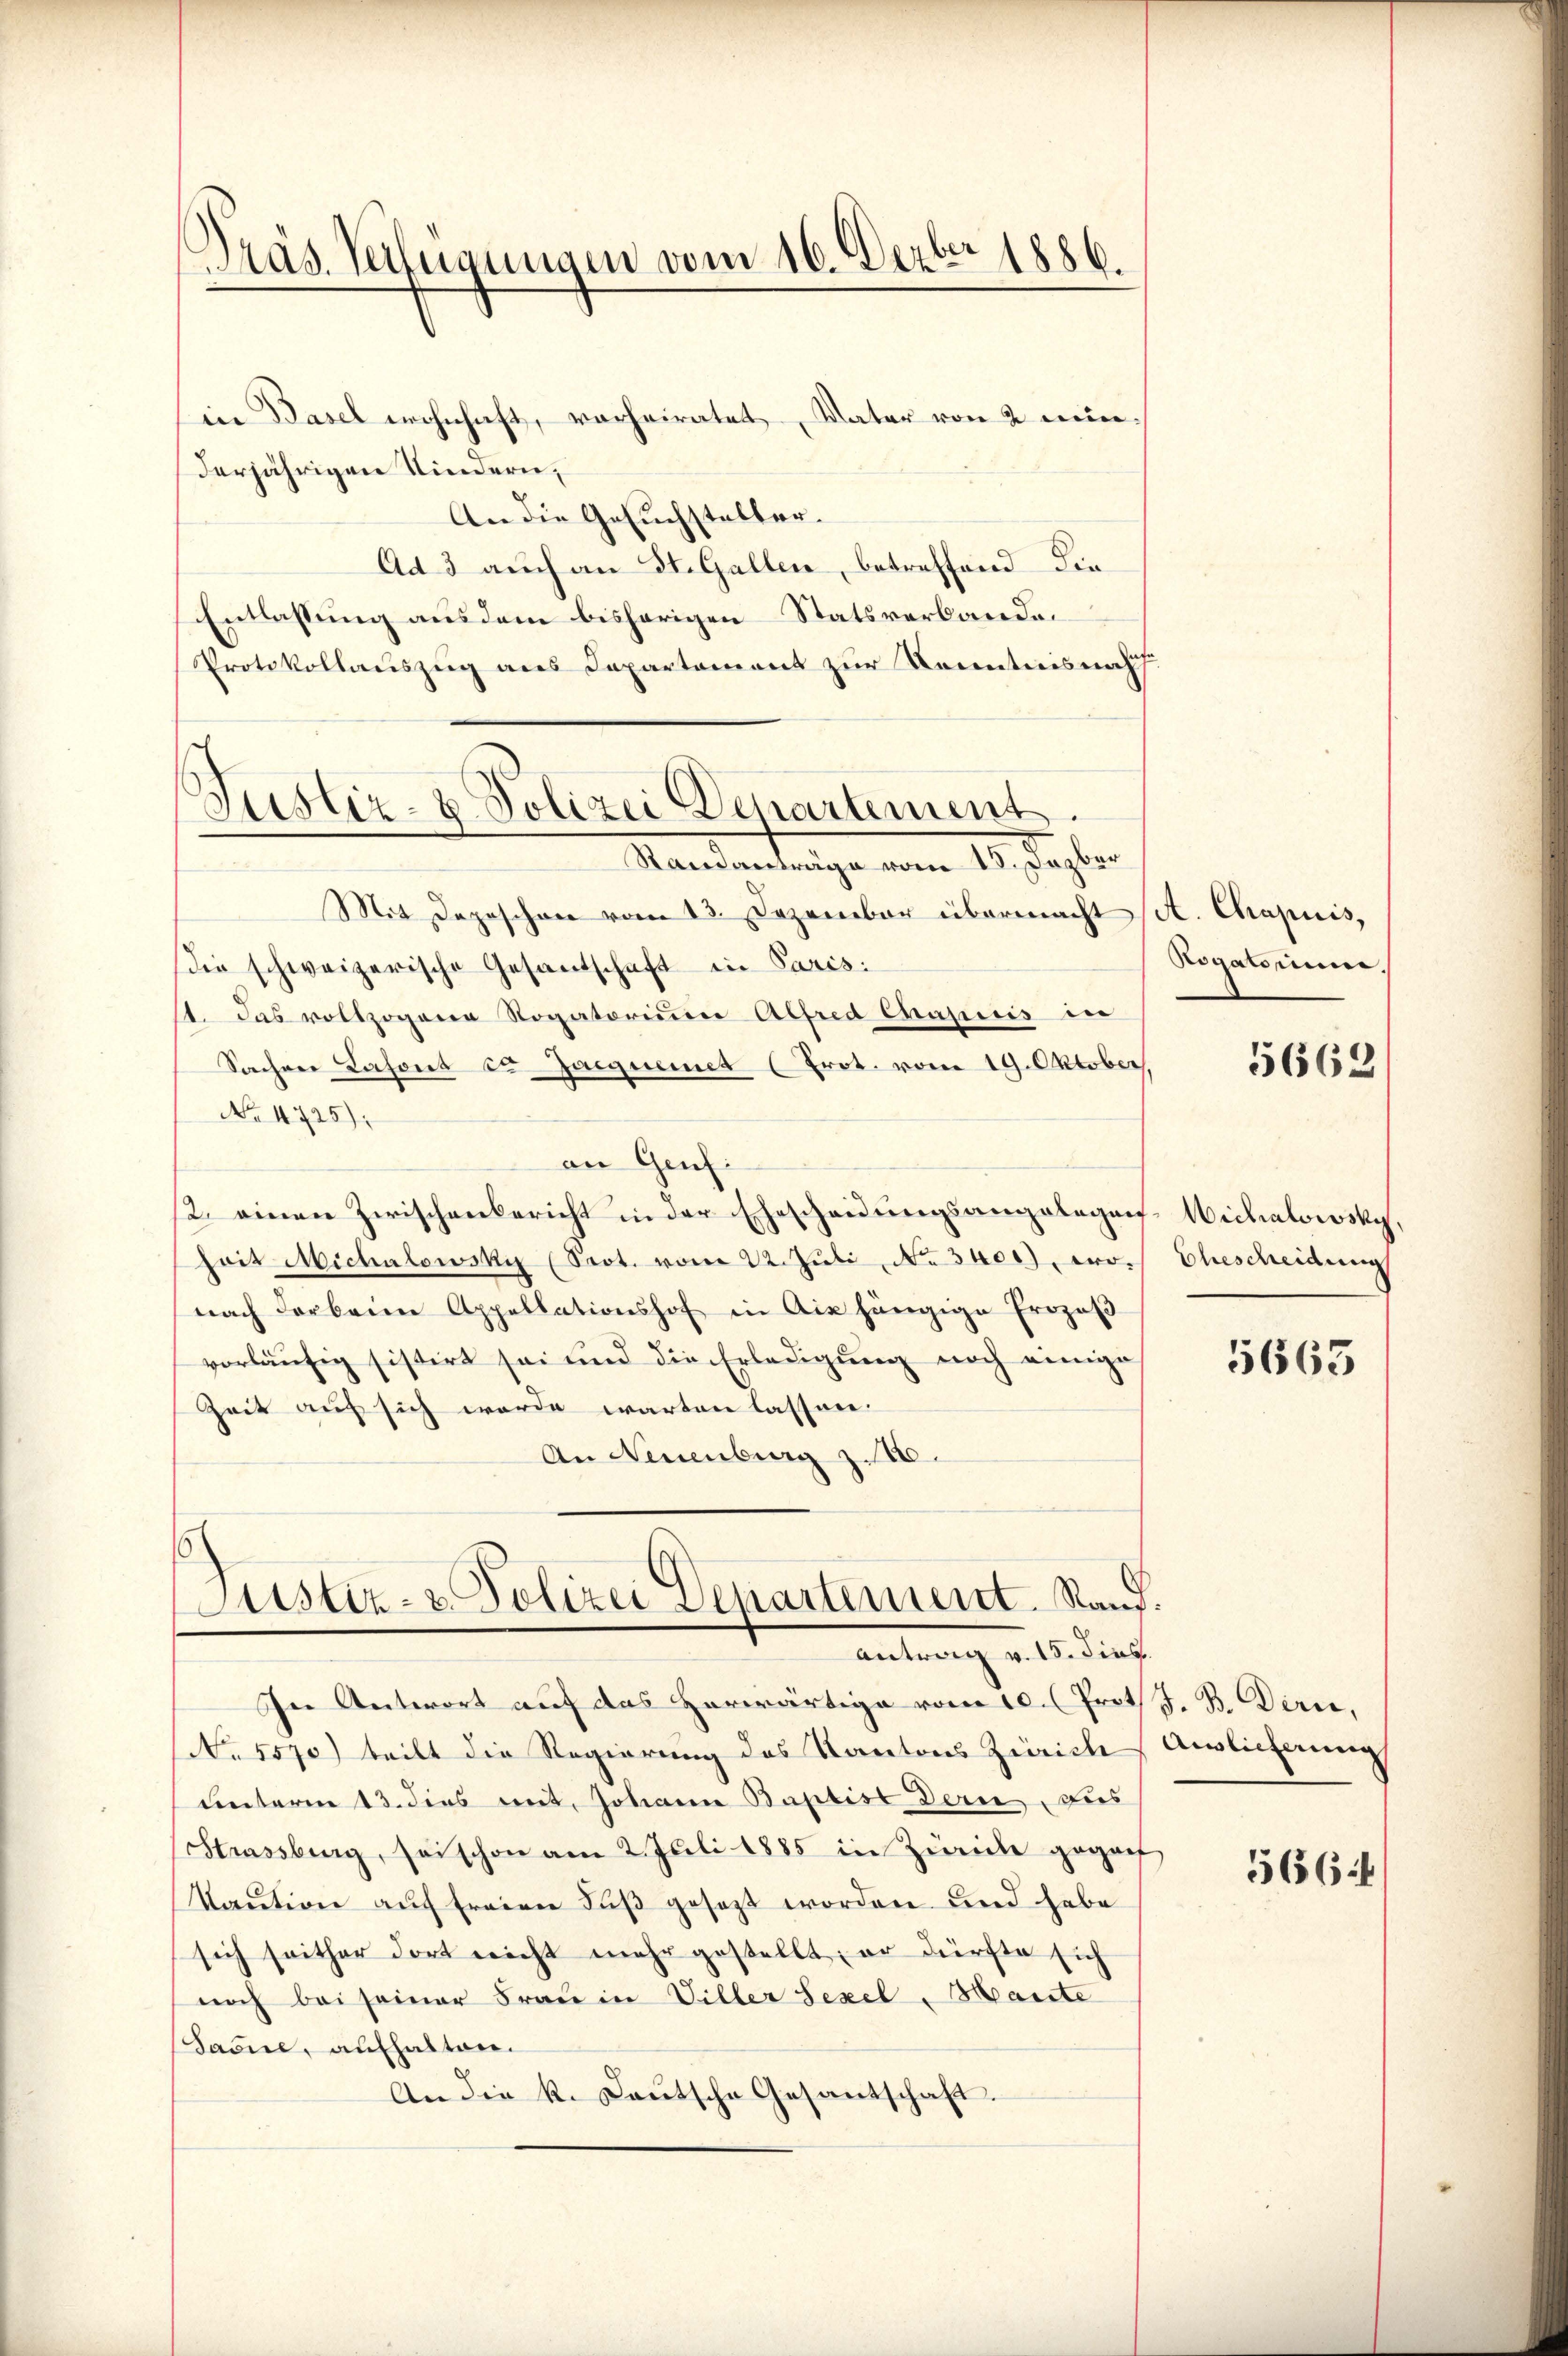
Präs. Verfügungen vom 16. Dezbr 1886

Justiz- & Polizei Departement.

in Basel wohnhaft, vorheiratet, Vater von 2 minderjährigen Kindern,
An die Gesuchsteller.
Ad 3 auch an St. Gallen, betreffend die
Entlassung aus dem bisherigen Statsverbanden
Protokollauszug aus Departement zur Kenntnis nach
Mandentenge vom 10. Septer
Mit Depeschen vom 13. Dezember übermacht A. Chapuis,
die schweizerische Gesantschaft in Paris:
1. Das vollzogene Rogatorium Alfred Chapuis in
Sachen Lasont ca Jacquemet (Prot. vom 19. Oktober.
No 4725).
an Genf.
2. einen Zwischenbericht in der Ehescheidungsangelegen-Wichalowsky,
heit Michalowski (Prot. vom 22. Jŭli No 3400), wonach darbeim Appellationshof in Aix hängige Prozeβ
vorläufig sistirt sei und die Erledigung noch einiges
Zeit auf sich werde warten lassen.
An Neuenburg z. 16.
Justiz- & Polizei Departement. Kauf.

Antrag v. 15. dies

In Antwort auf das herwärtige vom 10. (Prot. J. B. Dirne,
No. 5570) teilt die Regierung des Kantons Zürich Auslicherung
unterm 13. dies mit, Johann Baptise dern aus
Strassberg, seischon am 2. Juli 1885 in Zürich gegenf
kaution auf freien Fuß gesezt worden und habe
sich seither dort nicht mehr gestellt; er dürfte sich
noch bei seiner Frau in Viller Sexel Mante
Saume, aufhalten.
An die k. Lautsche Gesantschaft.

Rovatorinne

5662

Ehescheidung

5663

566